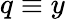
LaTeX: q\equiv y